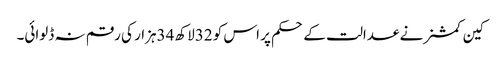
کین کمشنر نے عدالت کے حکم پر اس کو 32لاکھ 34ہزار کی رقم نہ ڈلوائی۔